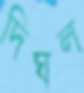
দিঘল